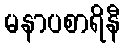
မနာပစာရိနီ